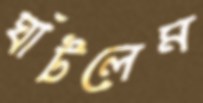
ঘাঁটলেম